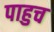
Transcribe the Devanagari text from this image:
पाहुच